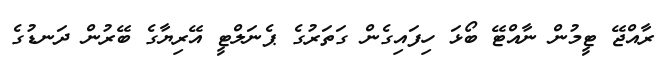
ރާއްޖޭ ޓީމުން ނާއްޓޭ ބޯޅަ ހިފައިގެން ގަތަރުގެ ޕެނަލްޓީ އޭރިޔާގެ ބޭރުން ދަނޑުގެ